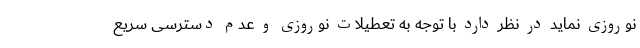
نوروزی نماید در نظر دارد با توجه به تعطیلات نوروزی و عدم دسترسی سریع